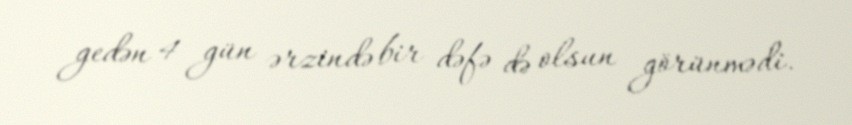
gedən 4 gün ərzində bir dəfə də olsun görünmədi.